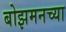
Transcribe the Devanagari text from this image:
बोझमनच्या